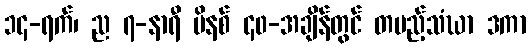
၁၄-ရက်၊ ည ၇-နာရီ မိနစ် ၄၀-အချိန်တွင် တပည့်သံဃာ ဒကာ